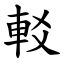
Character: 䡈